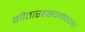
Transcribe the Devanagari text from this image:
गीतारहस्यानंतरचा